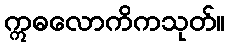
ဣဓလောကိကသုတ်။